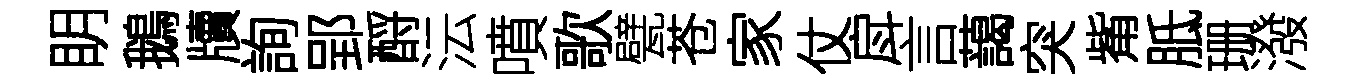
眀鵝牘詢郢酹沄噴歌甓苍家仗戽言藹突觜胝珊潑